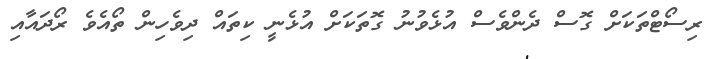
ރިސޯޓްތަކަށް ގޮސް ދެންވެސް އުޅެވުނު ގޮތަކަށް އުޅެނީ ކިތައް ދިވެހިން ތޯއެވެ ރޯދައާއި